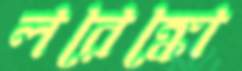
লরেঙ্কো